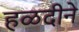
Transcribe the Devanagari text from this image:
हळदीने